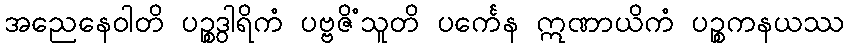
အညေနေဝါတိ ပဉ္စဒွါရိကံ ပဗ္ဗဇိံသူတိ ပင်္ကေန ဣဏာယိကံ ပဉ္စကနယဿ